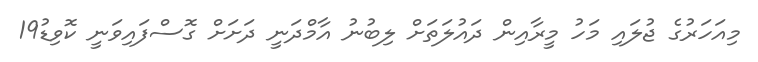
މިއަހަރުގެ ޖުލައި މަހު މީރާއިން ދައުލަތަށް ލިބުނު އާމްދަނީ ދަށަށް ގޮސްފައިވަނީ ކޮވިޑު19